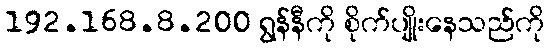
192.168.8.200 ရွန်နီကို စိုက်ပျိုးနေသည်ကို